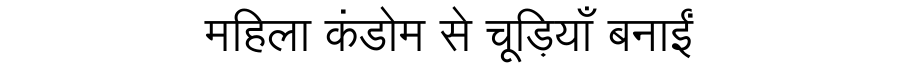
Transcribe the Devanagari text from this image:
महिला कंडोम से चूड़ियाँ बनाईं